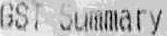
GST SUMMARY